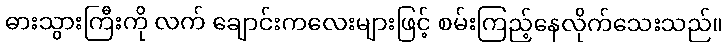
ဓားသွားကြီးကို လက် ချောင်းကလေးများဖြင့် စမ်းကြည့်နေလိုက်သေးသည်။